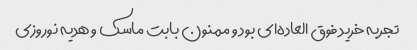
تجربه خرید فوق العاده‌ای بود و ممنون بابت ماسک و هدیه نوروزی